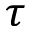
\tau